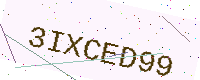
Text: 3IXCED99